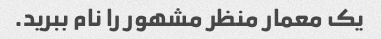
یک معمار منظر مشهور را نام ببرید.